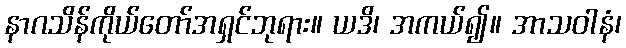
နာဂသိန်ကိုယ်တော်အရှင်ဘုရား။ ယဒိ၊ အကယ်၍။ အာသဝါနံ၊